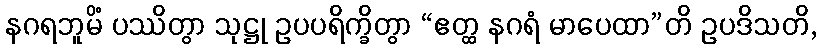
နဂရဘူမိံ ပဿိတွာ သုဋ္ဌု ဥပပရိက္ခိတွာ “ဧတ္ထ နဂရံ မာပေထာ”တိ ဥပဒိသတိ,